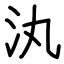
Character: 汍